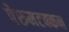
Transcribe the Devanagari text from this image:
पेरुमटक्कन